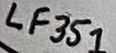
Text: LF351